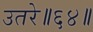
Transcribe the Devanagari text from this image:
उतरे॥६४॥